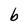
Character: b